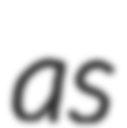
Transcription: as